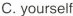
C. yourself